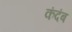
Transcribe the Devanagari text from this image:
कंदंब